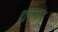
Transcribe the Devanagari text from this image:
शुलमानु